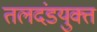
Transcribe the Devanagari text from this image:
तलदंडयुक्त